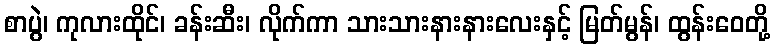
စာပွဲ၊ ကုလားထိုင်၊ ခန်းဆီး၊ လိုက်ကာ သားသားနားနားလေးနှင့် မြတ်မွန်၊ ထွန်းဝေတို့